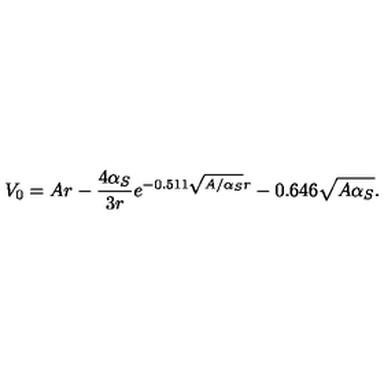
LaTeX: V _ { 0 } = A r - \frac { 4 \alpha _ { S } } { 3 r } e ^ { - 0 . 5 1 1 \sqrt { A / \alpha _ { S } } r } - 0 . 6 4 6 \sqrt { A \alpha _ { S } } .